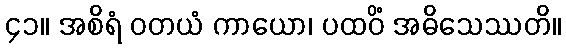
၄၁။ အစိရံ ဝတယံ ကာယော၊ ပထဝိံ အဓိသေဿတိ။